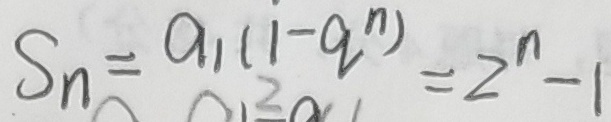
S _ { n } = a _ { 1 } ( 1 - q ^ { n } ) = 2 ^ { n } - 1